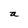
Character: a